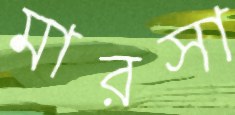
মারসা